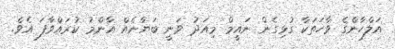
އަލްހާންގެ ވާހަތަކާ ގުޅިގެން ނައީމް މިއަދު ވަނީ ބަޔާނެއް އާންމު ކުރައްވާފަ އެވެ.